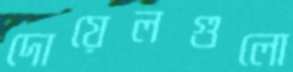
দোয়েলগুলো